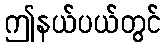
ဤနယ်ပယ်တွင်